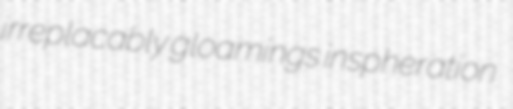
irreplacably gloamings inspheration